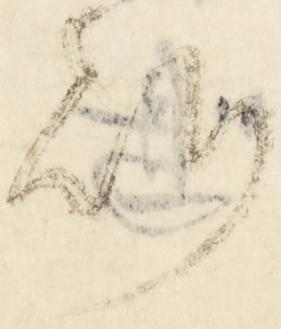
刻